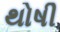
થોષી